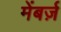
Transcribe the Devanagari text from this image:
मेंबर्ज़